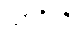
သာဂိကို